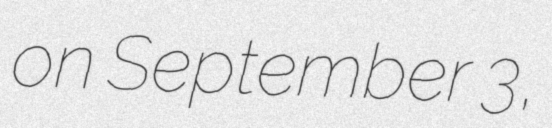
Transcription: on September 3,